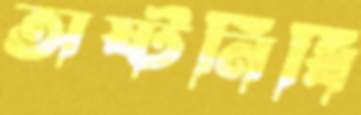
অষ্টনিধি